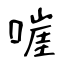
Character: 嘊